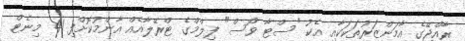
ރާއްޖޭގެ އާމަންޒަރުތަކަކާއި އެކު "ސްޓާ ވޯސް" ފިލްމްގެ ޓްރޭލާއެއް އާންމުކޮށްފި 41 މިނެޓް